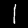
Digit: 1